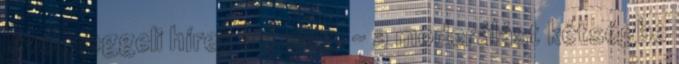
levél, reggeli hírek írd meg. - a moderálást kétségbe